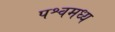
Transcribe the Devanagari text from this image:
पश्वमध्य